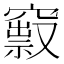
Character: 𥨒